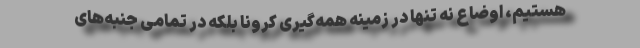
هستیم، اوضاع نه تنها در زمینه همه‌گیری کرونا بلکه در تمامی جنبه‌های